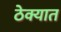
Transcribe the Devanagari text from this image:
ठेक्यात